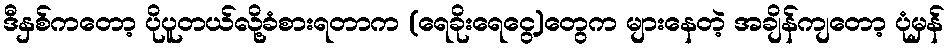
ဒီနှစ်ကတော့ ပိုပူတယ်လို့ခံစားရတာက (ရေခိုးရေငွေ့)တွေက များနေတဲ့ အချိန်ကျတော့ ပုံမှန်